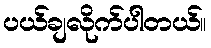
ပယ်ချလိုက်ပါတယ်။